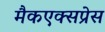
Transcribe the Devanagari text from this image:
मैकएक्सप्रेस